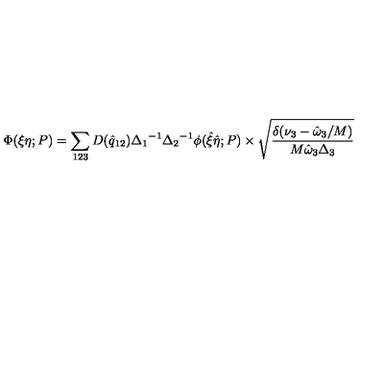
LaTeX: \Phi ( \xi \eta ; P ) = \sum _ { 1 2 3 } D ( { \hat { q } } _ { 1 2 } ) { \Delta _ { 1 } } ^ { - 1 } { \Delta _ { 2 } } ^ { - 1 } \phi ( { \hat { \xi } } { \hat { \eta } } ; P ) \times \sqrt { \frac { \delta ( \nu _ { 3 } - { \hat { \omega } } _ { 3 } / M ) } { M { \hat { \omega } } _ { 3 } { \Delta } _ { 3 } } }